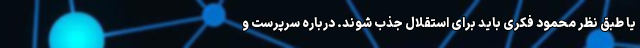
یا طبق نظر محمود فکری باید برای استقلال جذب شوند. درباره سرپرست و